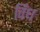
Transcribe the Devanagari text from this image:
विंध